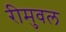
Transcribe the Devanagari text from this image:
रीमुवल